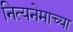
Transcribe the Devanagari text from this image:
नित्यनेमाच्या